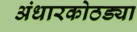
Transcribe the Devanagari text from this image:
अंधारकोठड्या